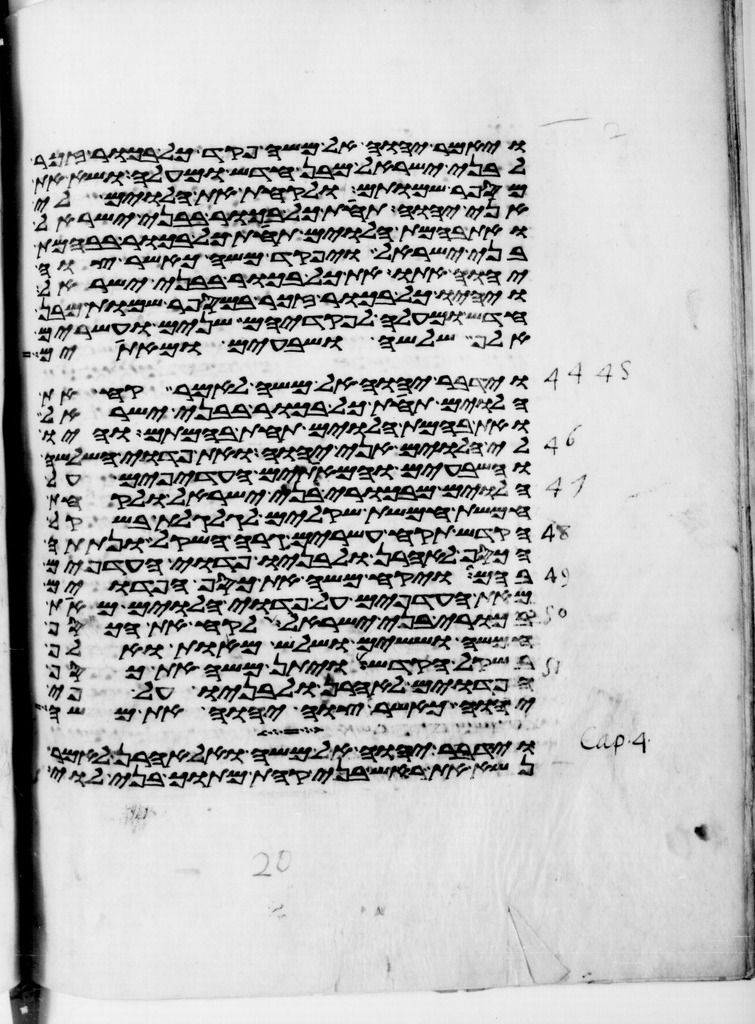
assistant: ויאמר יהוה אל משה פקד כל בכור זכר
לבני ישראל מבן חדש ומעלה ושא את
מספר שמותם ולקחת את הלוים לי
אני יהוה תחת כל בכור בבני ישראל
ואת בהמת הלוים תחת כל בכור בבהמת
בני ישראל ויפקד משה כאשר צוה
יהוה אתו את כל בכור בבני ישראל
ויהיו כל בכור זכר במספר שמות מבן
חדש ומעלה לפקדיהם שנים ועשרים
אלף שלשה ושבעים ומאתים
וידבר יהוה אל משה לאמר קח את
הלוים תחת כל בכור בבני ישראל
ואת בהמת הלוים תחת בהמתם והיו
לי הלוים אני יהוה ואת פדוי השלשה
והשבעים והמאתים העדפים על
הלוים מבכורי בני ישראל ולקחת
חמשת חמשת שקלים לגלגלת בשקל
הקדש תקח עשרים גרה השקל ונתתה
הכסף לאהרן ולבניו פדוי העדפים
בהם ויקח משה את כסף הפדוים
מאת העדפים על פדוי הלוים מאת
בכורי בני ישראל לקח את הכסף
חמשה וששים ושלש מאות ואלף
בשקל הקדש ויתן משה את כסף
הפדוים לאהרן ולבניו על פי
יהוה כאשר צוה יהוה את משה
וידבר יהוה אל משה ואל אהרן לאמר
נשא את ראש בני קהת מתוך בני לוי